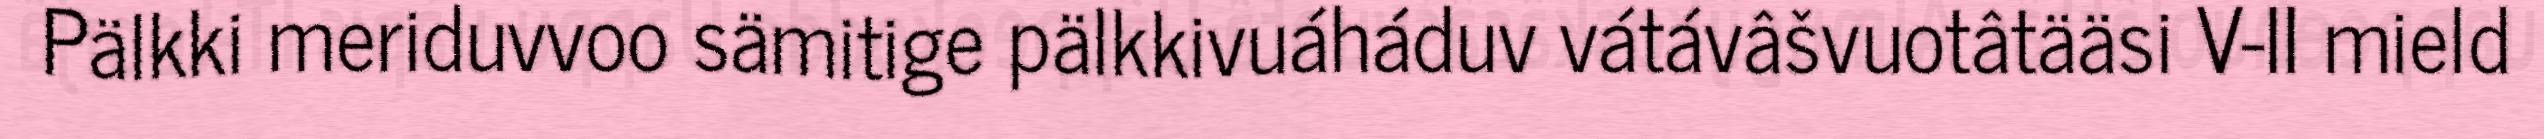
Pälkki meriduvvoo sämitige pälkkivuáháduv vátávâšvuotâtääsi V-II mield